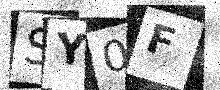
Text: SY0F